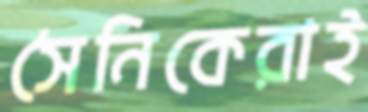
সৈনিকেরাই